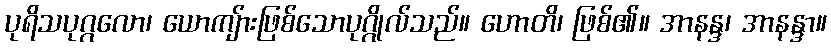
ပုရိသပုဂ္ဂလော၊ ယောကျ်ားဖြစ်သောပုဂ္ဂိုလ်သည်။ ဟောတိ၊ ဖြစ်၏။ အာနန္ဒ၊ အာနန္ဒာ။